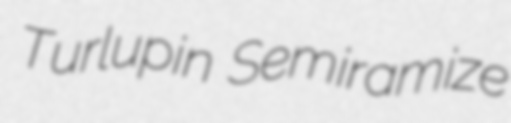
Turlupin Semiramize